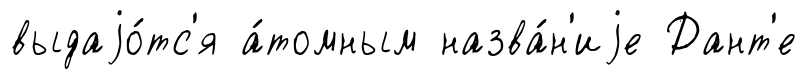
выдаjо́тс'я а́томным назва́н'иjе Дант'е